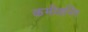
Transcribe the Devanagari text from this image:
कमीशनिंग